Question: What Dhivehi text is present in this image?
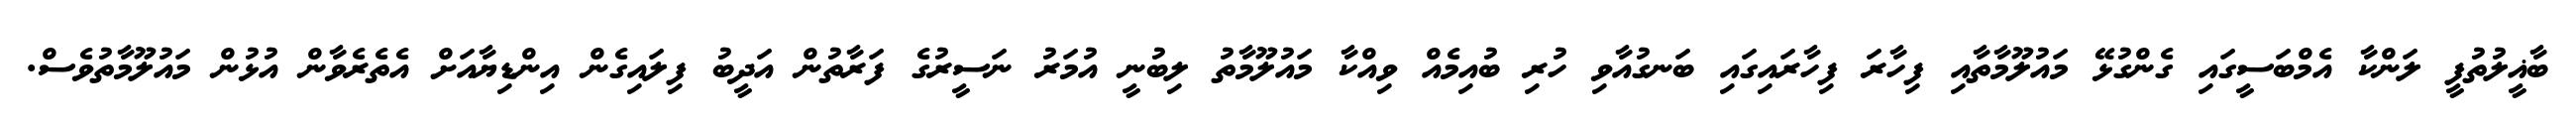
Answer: ބާޣީލުތުފީ ލަންކާ އެމްބަސީގައި ގެންގުޅޭ މައުލޫމާތާއި ފިހާރަ ފިހާރައިގައި ބަނގުއާވި ހުރި ބުއިމެއް ވިއްކާ މައުލޫމާތު ލިބުނީ އުމަރު ނަސީރުގެ ފަރާތުން އަދީބު ފިލައިގެން އިންޑިޔާއަށް އެތެރެވާން އުޅުން މައުލޫމާތުވެސް.